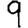
Digit: 9